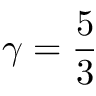
\gamma = \frac { 5 } { 3 }